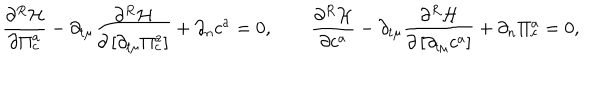
LaTeX: { \frac { \partial ^ { R } { \cal H } } { \partial \Pi _ { c } ^ { a } } } - \partial _ { t \mu } { \frac { \partial ^ { R } { \cal H } } { \partial \left[ { \partial _ { t \mu } \Pi _ { c } ^ { a } } \right] } } + \partial _ { n } c ^ { a } = 0 , \qquad { \frac { \partial ^ { R } { \cal H } } { \partial c ^ { a } } } - \partial _ { t \mu } { \frac { \partial ^ { R } { \cal H } } { \partial \left[ { \partial _ { t \mu } c ^ { a } } \right] } } + \partial _ { n } \Pi _ { c } ^ { a } = 0 ,